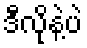
ဒီလိုနဲ့ပဲ